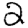
Digit: 2